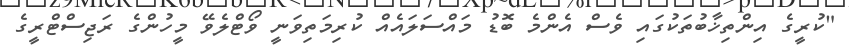
"ކުރީގެ އިންތިޚާބުތަކުގައި ވެސް އެންމެ ބޮޑު މައްސަލައެއް ކުރިމަތިވަނީ ވޯޓްލެވޭ މީހުންގެ ރަޖިސްޓްރީގެ